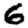
Digit: 6